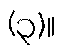
(၃)။